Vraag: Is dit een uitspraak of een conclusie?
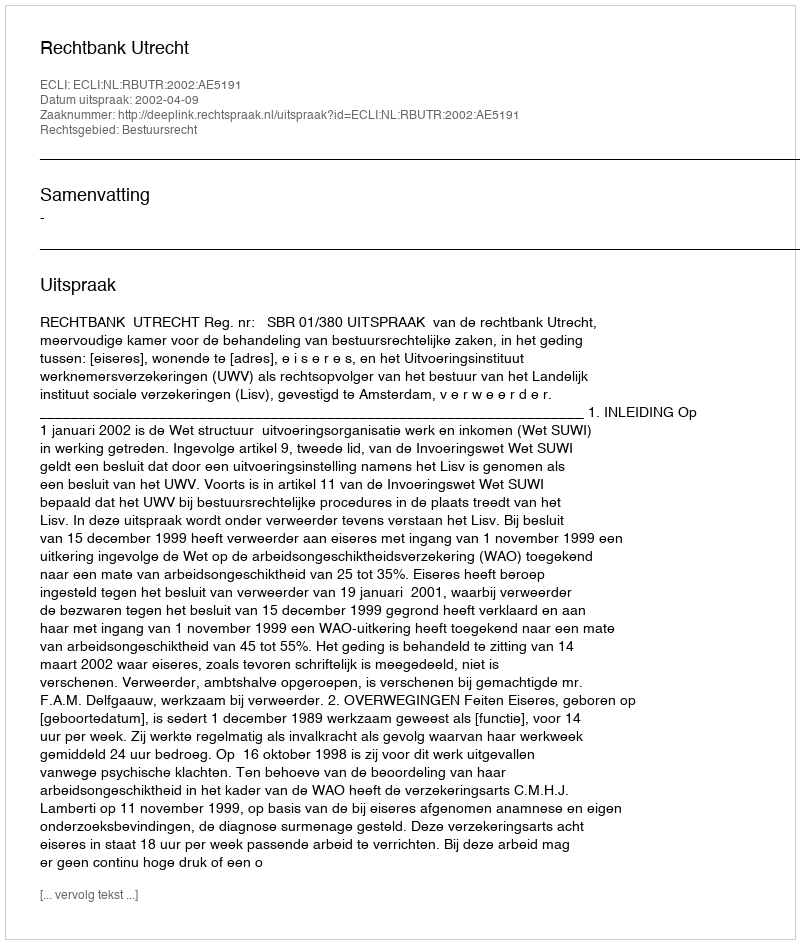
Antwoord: Uitspraak